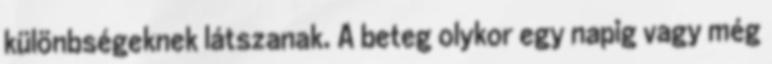
különbségeknek látszanak. A beteg olykor egy napig vagy még